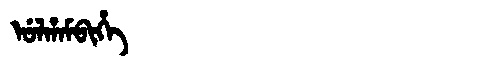
Manchu: ᡠᠯᡥᠠᠮᠪᡳᡥᡝ
Romanization: ULHAMBIHE